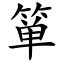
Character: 箪